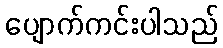
ပျောက်ကင်းပါသည်